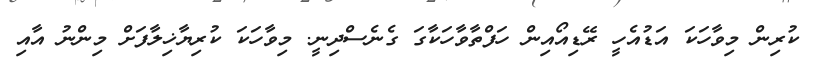
ކުރިން މިވާހަކަަ އަޑުއެހީ ރޭޑިއޯއިން ހަފްތާވާހަކާގަ ގެނެސްދިނީ. މިވާހަކަ ކުރިޔާޚިލާފަށް މިންނު އާއި